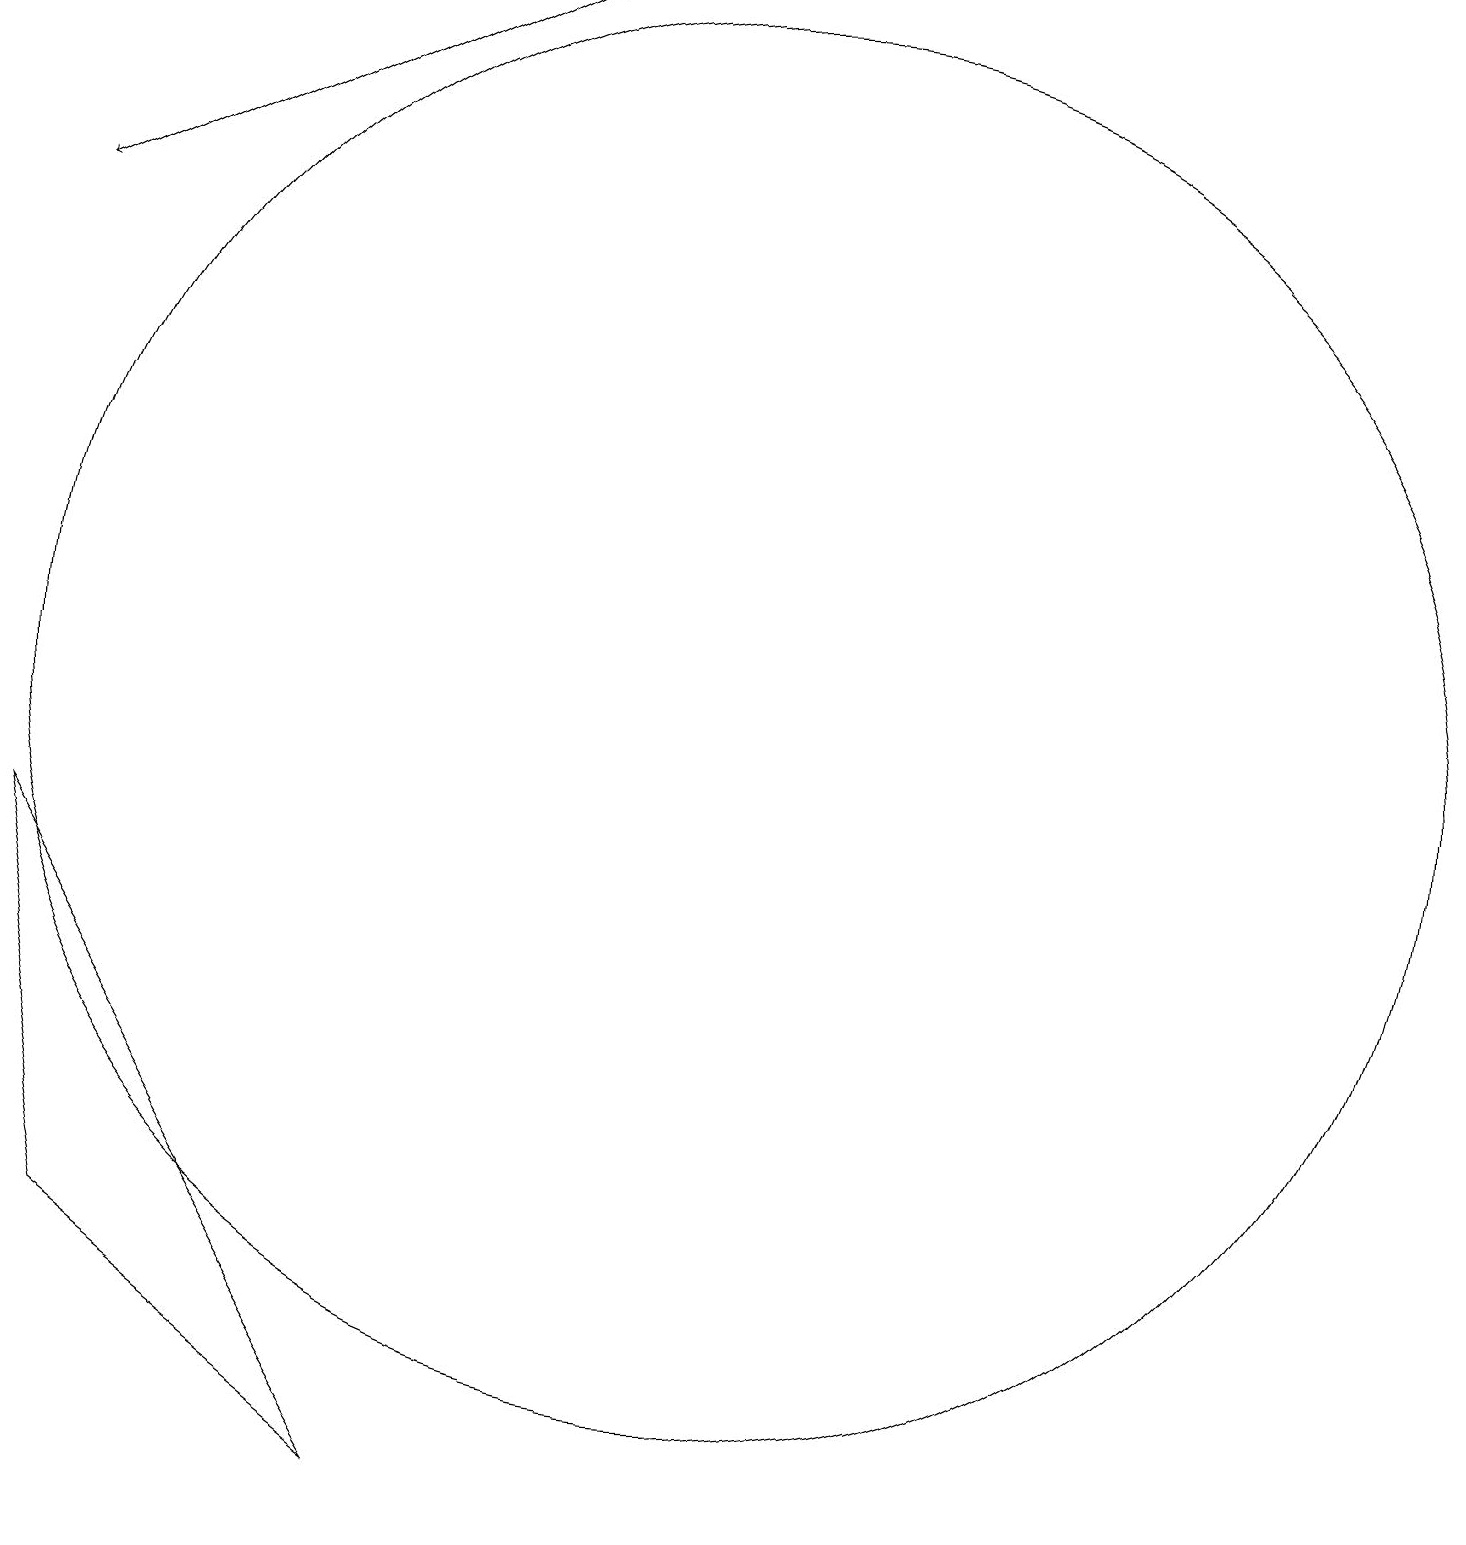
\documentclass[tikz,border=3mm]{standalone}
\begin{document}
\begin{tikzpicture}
\draw (1,8) -- (6,0) -- (2,3) -- cycle;
\draw (4,19) rectangle (3,19);
\draw[->] (7,19) -- (1,16);
\draw (10,10) circle (9);
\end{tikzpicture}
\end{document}